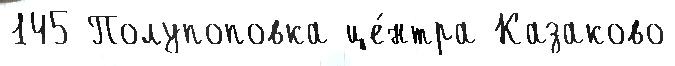
145 Полупоповка це́нтра Казаково